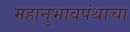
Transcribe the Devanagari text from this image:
महानुभावपंथाचा